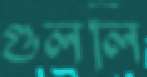
গুললি